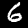
Label: 6